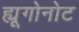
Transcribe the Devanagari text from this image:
ह्यूगोनोट